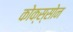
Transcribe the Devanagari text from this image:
कोक्स्सोन